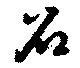
召